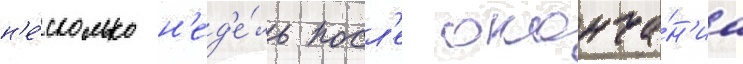
н'е́сколько н'ед'е́ль посл'е оконча́н'иа